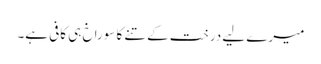
میرے لیے درخت کے تنے کا سوراخ ہی کافی ہے۔